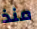
منذ